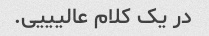
در یک کلام عالیییی.